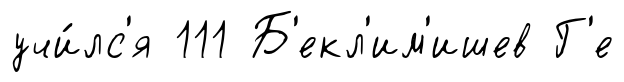
учи́лс'я 111 Б'екл'им'ишев Г'е